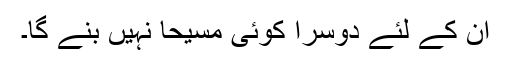
ان کے لئے دوسرا کوئی مسیحا نہیں بنے گا۔